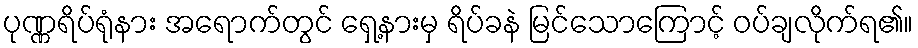
ပုဏ္ဏရိပ်ရုံနား အရောက်တွင် ရှေ့နားမှ ရိပ်ခနဲ မြင်သောကြောင့် ဝပ်ချလိုက်ရ၏။